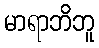
မာရာဘိဘူ